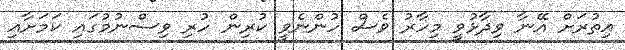
އިތުރަށް އޭނާ ވިދާޅުވީ މިހާރު ވެސް ހުންނެވީ ކުރިން ހުރި ވިސްނުމުގައި ކަމަށާއި